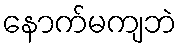
နောက်မကျဘဲ